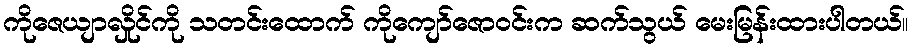
ကိုဇေယျာလှိုင်ကို သတင်းထောက် ကိုကျော်ဇောဝင်းက ဆက်သွယ် မေးမြန်းထားပါတယ်။